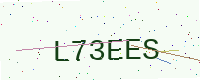
Text: L73EES